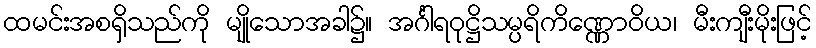
ထမင်းအစရှိသည်ကို မျိုသောအခါ၌။ အင်္ဂါရဝုဋ္ဌိသမ္ပရိကိဏ္ဏောဝိယ၊ မီးကျီးမိုးဖြင့်